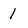
Character: 1